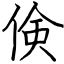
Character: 倹